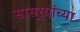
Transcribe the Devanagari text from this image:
सासर्‍यांच्या